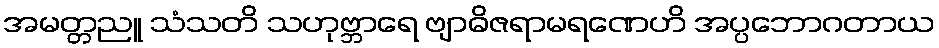
အမတ္တညူ သံသတိ သဟုဗ္ဘာရေ ဗျာဓိဇရာမရဏေဟိ အပ္ပဘောဂတာယ